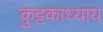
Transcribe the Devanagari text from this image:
कुट्टकाध्याय